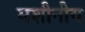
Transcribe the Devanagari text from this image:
मशीनीय